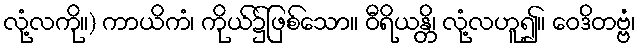
လုံ့လကို။) ကာယိကံ၊ ကိုယ်၌ဖြစ်သော။ ဝီရိယန္တိ၊ လုံ့လဟူ၍။ ဝေဒိတဗ္ဗံ၊